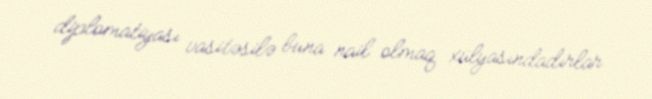
diplomatiyası vasitəsilə buna nail olmaq xülyasındadırlar.